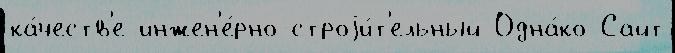
ка́честв'е инжен'е́рно-строjи́т'ельный Одна́ко Сайт